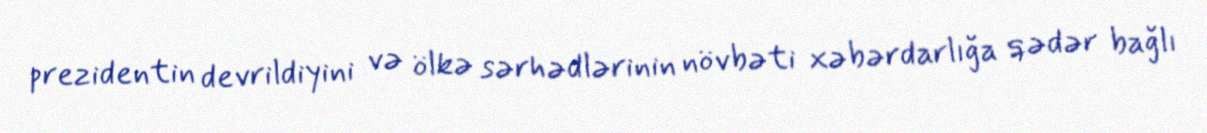
prezidentin devrildiyini və ölkə sərhədlərinin növbəti xəbərdarlığa qədər bağlı